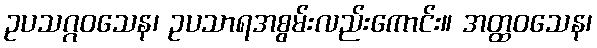
ဥပသဂ္ဂဝသေန၊ ဥပသာရအစွမ်းလည်းကောင်း။ အတ္ထဝသေန၊